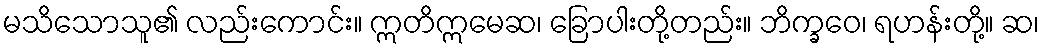
မသိသောသူ၏ လည်းကောင်း။ ဣတိဣမေဆ၊ ခြောပါးတို့တည်း။ ဘိက္ခဝေ၊ ရဟန်းတို့။ ဆ၊